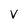
Character: V